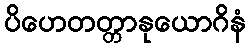
ပိဟေတတ္တာနုယောဂိနံ